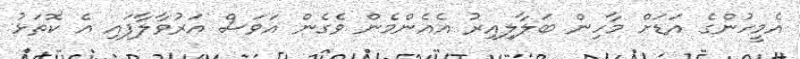
އެމީހުންގެ އަޑަށް މާހިން ބަލާލިއިރު އެއެންމެން ވެގެން އަވަސް އަރުވާލާފައި އެ ކޮތަޅު